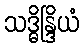
သဒ္ဓိန္ဒြိယံ